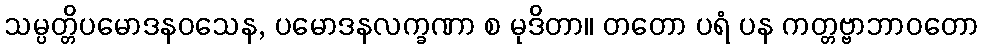
သမ္ပတ္တိပမောဒနဝသေန, ပမောဒနလက္ခဏာ စ မုဒိတာ။ တတော ပရံ ပန ကတ္တဗ္ဗာဘာဝတော